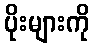
ပိုးများကို